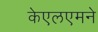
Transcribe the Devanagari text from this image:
केएलएमने